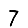
Digit: 7